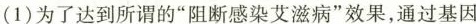
(1)为了达到所谓的”阻断感染艾滋病”效果，通过基因